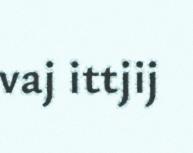
vaj ittjij